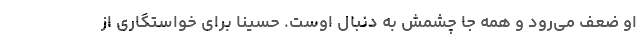
او ضعف می‌رود و همه جا چشمش به دنبال اوست. حسینا برای خواستگاری از